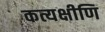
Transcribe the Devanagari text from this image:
कत्यक्षीणि